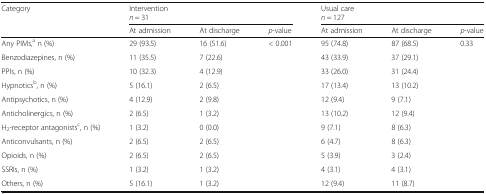
| Category | <COLSPAN=3> Interventionn = 31 | <COLSPAN=3> Usual caren = 127 |
 |  | At admission | At discharge | p-value | At admission | At discharge | p-value |
 | --- | --- | --- | --- | --- | --- | --- |
 | Any PIMs,a n (%) | 29 (93.5) | 16 (51.6) | < 0.001 | 95 (74.8) | 87 (68.5) | 0.33 |
 | Benzodiazepines, n (%) | 11 (35.5) | 7 (22.6) |  | 43 (33.9) | 37 (29.1) |  |
 | PPIs, n (%) | 10 (32.3) | 4 (12.9) |  | 33 (26.0) | 31 (24.4) |  |
 | Hypnoticsb, n (%) | 5 (16.1) | 2 (6.5) |  | 17 (13.4) | 13 (10.2) |  |
 | Antipsychotics, n (%) | 4 (12.9) | 2 (9.8) |  | 12 (9.4) | 9 (7.1) |  |
 | Anticholinergics, n (%) | 2 (6.5) | 1 (3.2) |  | 13 (10.2) | 12 (9.4) |  |
 | H2-receptor antagonistsc, n (%) | 1 (3.2) | 0 (0.0) |  | 9 (7.1) | 8 (6.3) |  |
 | Anticonvulsants, n (%) | 2 (6.5) | 2 (6.5) |  | 6 (4.7) | 8 (6.3) |  |
 | Opioids, n (%) | 2 (6.5) | 2 (6.5) |  | 5 (3.9) | 3 (2.4) |  |
 | SSRIs, n (%) | 1 (3.2) | 1 (3.2) |  | 4 (3.1) | 4 (3.1) |  |
 | Others, n (%) | 5 (16.1) | 1 (3.2) |  | 12 (9.4) | 11 (8.7) |  |